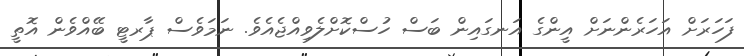
ފަހަރަށް އަހަރެންނަށް އީންގެ އަނގައިން ބަސް ހުސްކޮށްލެވިއްޖެއެވެ. ނަމަވެސް ޕާރޓީ ބޭއްވެން އޮތީ